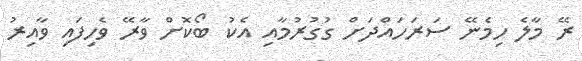
ރޭ މާލެ ހިމެނޭ ސަރަހައްދަށް ގުގުރުމާއި އެކު ބޯކޮށް ވާރޭ ވެހިފައި ވާއިރު